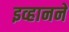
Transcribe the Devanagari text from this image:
इव्हानने